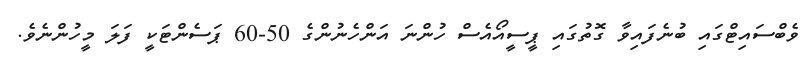
ވެބްސައިޓްގައި ބުނެފައިވާ ގޮތުގައި ޕީސީއޯއެސް ހުންނަ އަންހެނުންގެ 50-60 ޕަސެންޓަކީ ފަލަ މީހުންނެވެ.